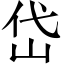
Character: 岱